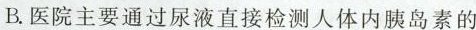
B.医院主要通过尿液直接检测人体内胰岛素的